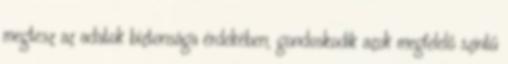
megtesz az adatok biztonsága érdekében, gondoskodik azok megfelelő szintű